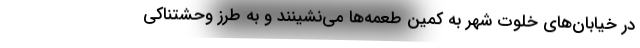
در خیابان‌های خلوت شهر به کمین طعمه‌ها می‌نشینند و به طرز وحشتناکی